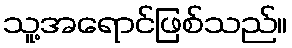
သူ့အရောင်ဖြစ်သည်။